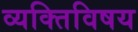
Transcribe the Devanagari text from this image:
व्यक्तिविषय